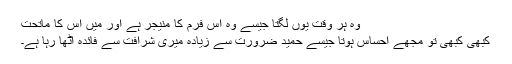
وہ ہر وقت یوں لگتا جیسے وہ اس فرم کا منیجر ہے اور میں اس کا ماتحت
کبھی کبھی تو مجھے احساس ہوتا جیسے حمید ضرورت سے زیادہ میری شرافت سے فائدہ اٹھا رہا ہے۔